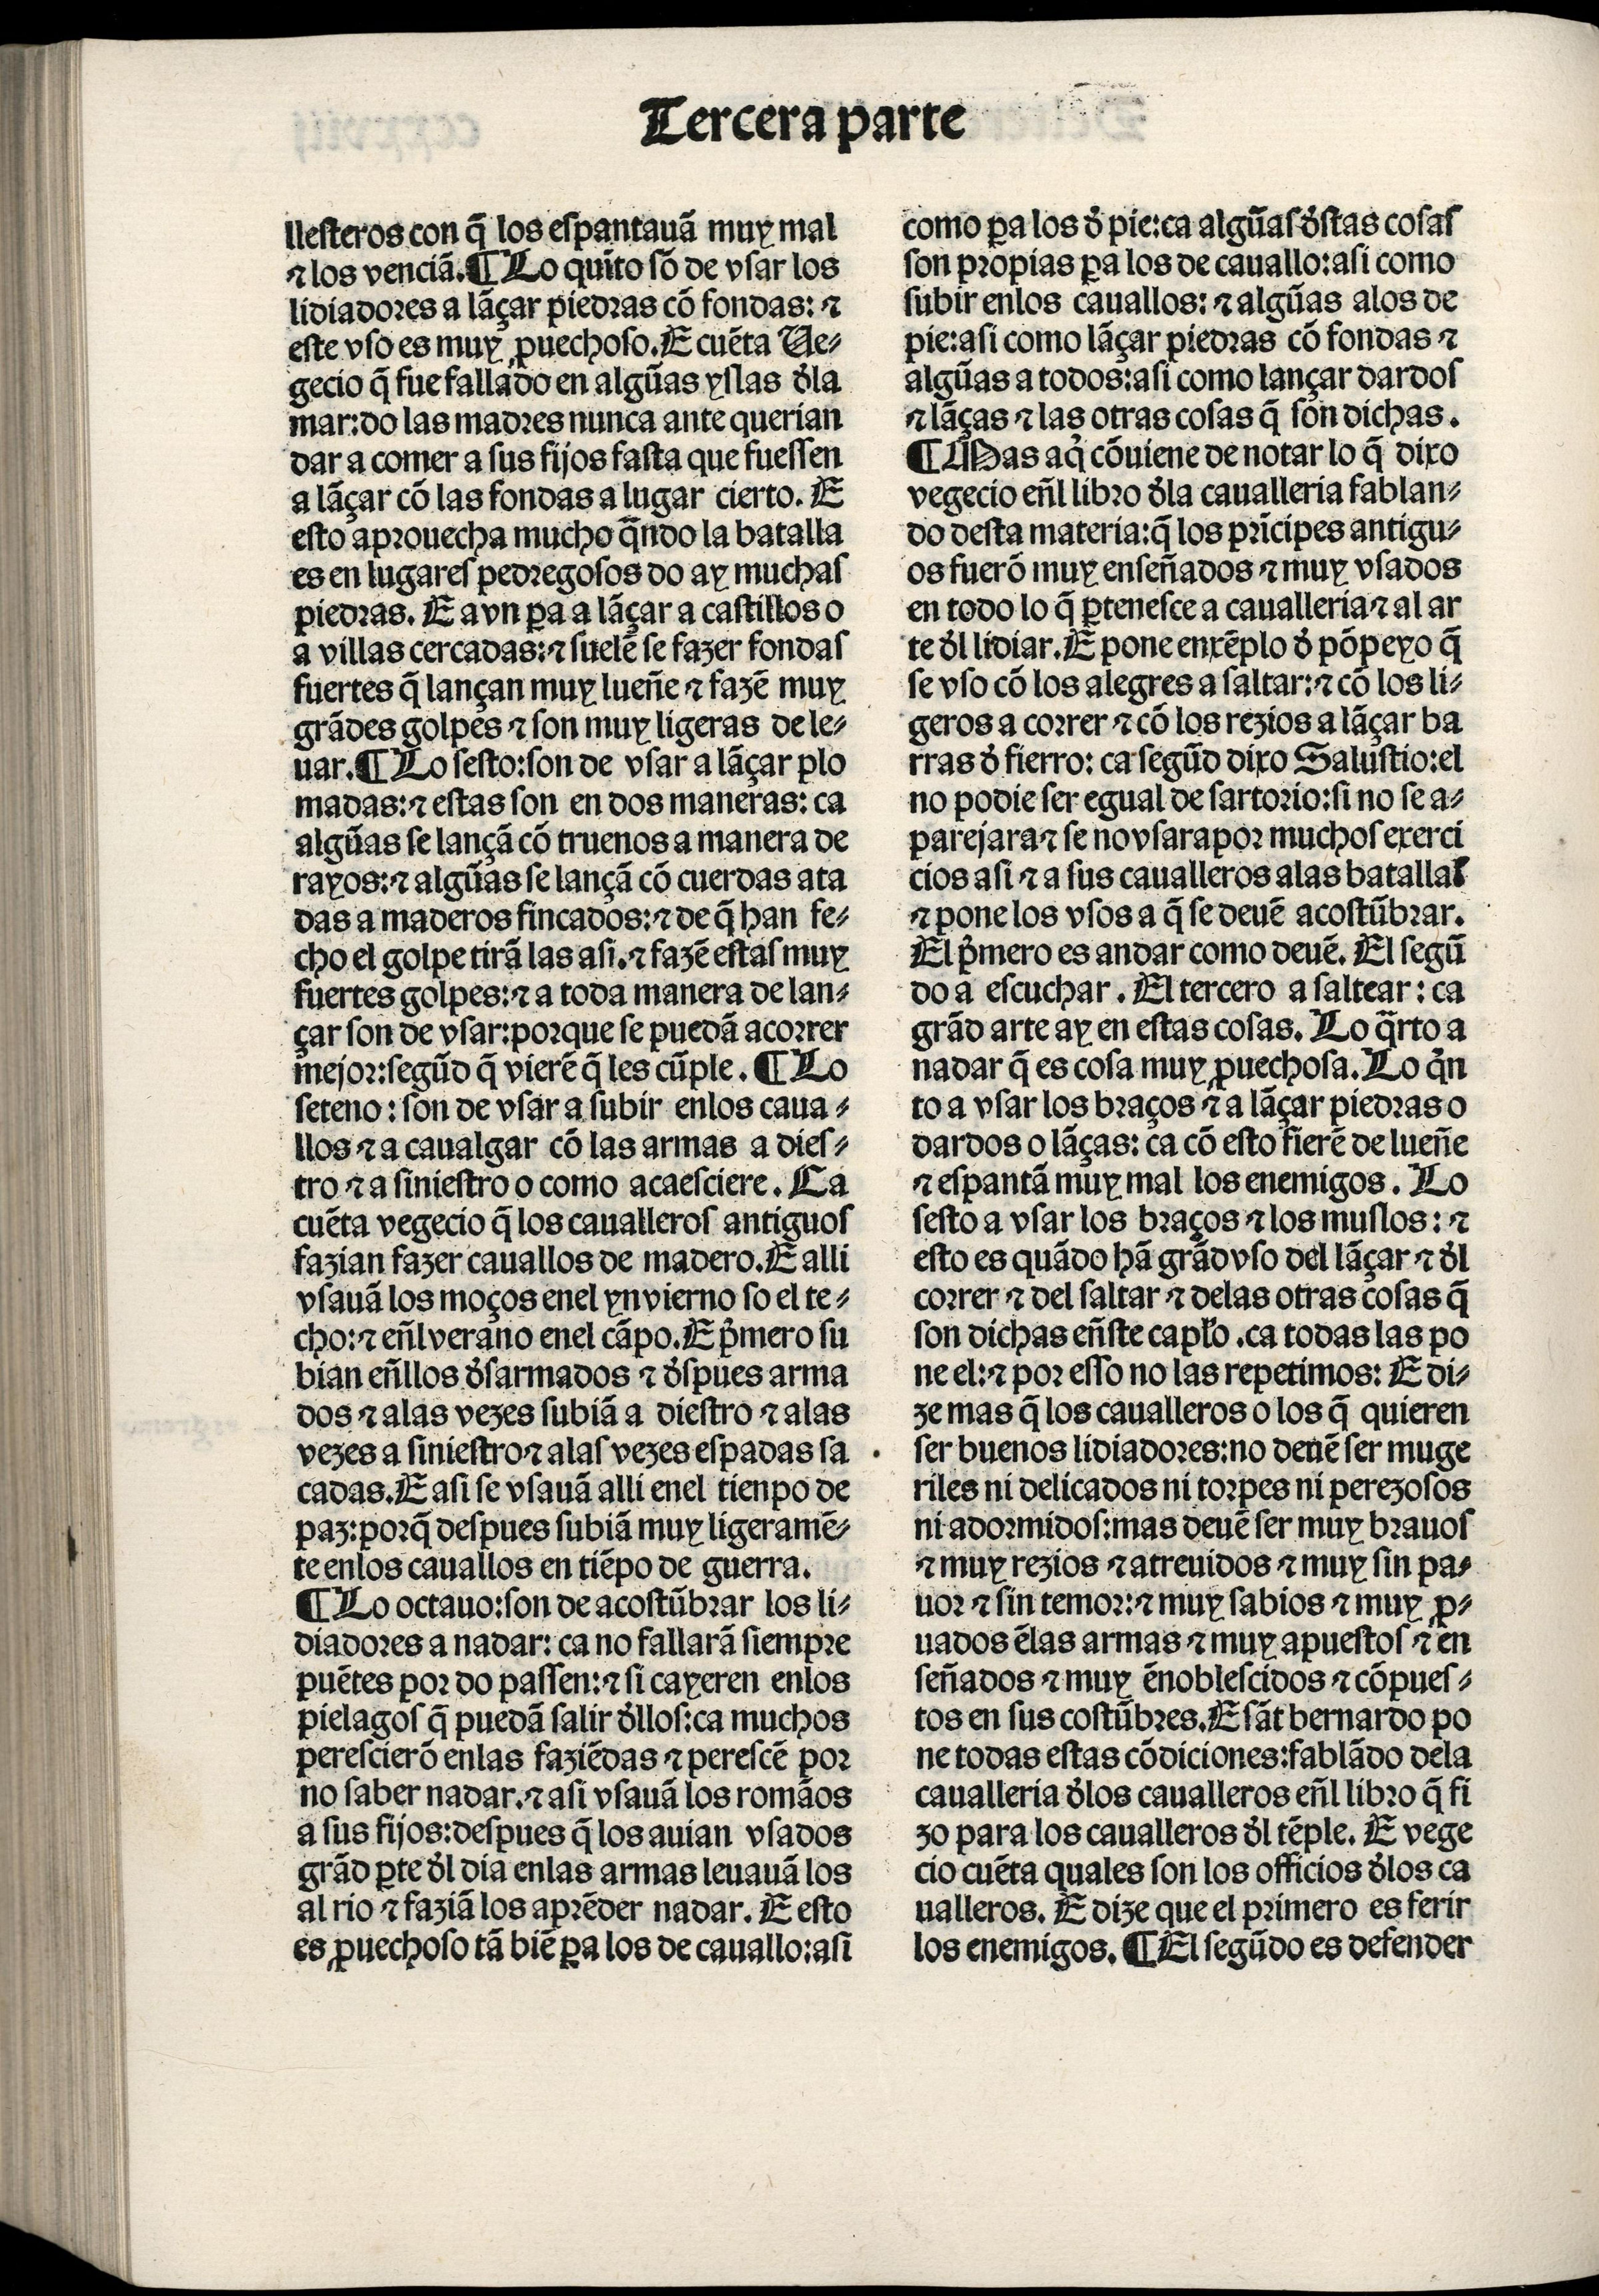
Shelfmark: Madrid, BNE, Inc. 901
Century: 15